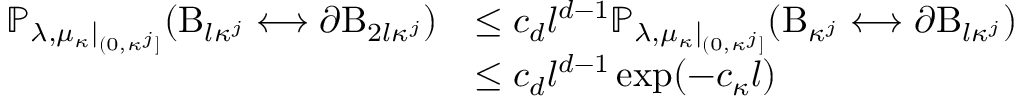
\begin{array} { r l } { \mathbb { P } _ { \lambda , \mu _ { \kappa } | _ { ( 0 , \kappa ^ { j } ] } } ( \mathrm B _ { l \kappa ^ { j } } \longleftrightarrow \partial \mathrm B _ { 2 l \kappa ^ { j } } ) } & { \leq c _ { d } l ^ { d - 1 } \mathbb { P } _ { \lambda , \mu _ { \kappa } | _ { ( 0 , \kappa ^ { j } ] } } ( \mathrm B _ { \kappa ^ { j } } \longleftrightarrow \partial \mathrm B _ { l \kappa ^ { j } } ) } \\ & { \leq c _ { d } l ^ { d - 1 } \exp ( - c _ { \kappa } l ) } \end{array}